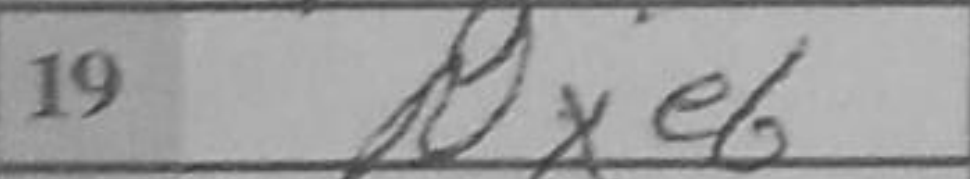
Transcription: Nxe6